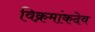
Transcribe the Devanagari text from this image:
विक्रमांकदेव